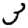
Digit: 3